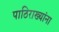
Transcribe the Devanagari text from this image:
पाठिराख्यांना